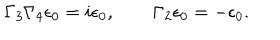
LaTeX: \Gamma _ { 3 } \Gamma _ { 4 } \epsilon _ { 0 } = i \epsilon _ { 0 } , \qquad \Gamma _ { 2 } \epsilon _ { 0 } = - \epsilon _ { 0 } .